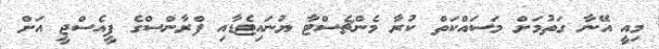
މިއީ އޭނާ ގަތުމަށް މަސައްކަތް ކުރާ މެންޗެސްޓާ ޔުނައިޓެޑާއި ފްރާންސްގެ ޕީއެސްޖީ އަށް